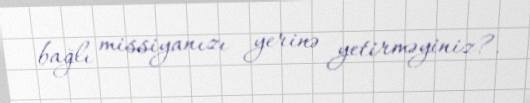
bağlı missiyanızı yerinə yetirməyiniz?.